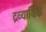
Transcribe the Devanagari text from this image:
द्रव्यार्थिंक